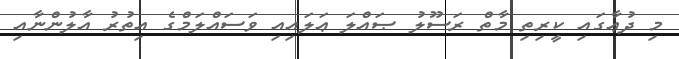
މި ދުޢާގައި ކީރިތި މާތް ރަސޫލު ޞައްލަ ޢަލައިއި ވަސައްލަމްގެ އިތުރު އާލުންނާއި